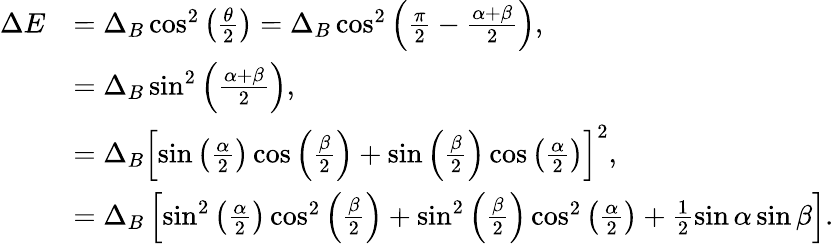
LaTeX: \begin{array}{rl}{\Delta E}&{=\Delta_{B}\cos^{2}\left(\frac{\theta}{2}\right)=\Delta_{B}\cos^{2}\left(\frac{\pi}{2}-\frac{\alpha+\beta}{2}\right),}\\ &{=\Delta_{B}\sin^{2}\left(\frac{\alpha+\beta}{2}\right),}\\ &{=\Delta_{B}\left[\sin\left(\frac{\alpha}{2}\right)\cos\left(\frac{\beta}{2}\right)+\sin\left(\frac{\beta}{2}\right)\cos\left(\frac{\alpha}{2}\right)\right]^{2},}\\ &{=\Delta_{B}\left[\sin^{2}\left(\frac{\alpha}{2}\right)\cos^{2}\left(\frac{\beta}{2}\right)+\sin^{2}\left(\frac{\beta}{2}\right)\cos^{2}\left(\frac{\alpha}{2}\right)+\frac{1}{2}\sin\alpha\sin\beta\right].}\end{array}